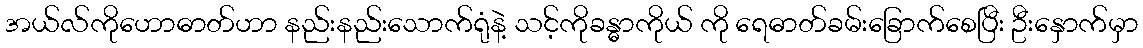
အယ်လ်ကိုဟောဓာတ်ဟာ နည်းနည်းသောက်ရုံနဲ့ သင့်ကိုခန္ဓာကိုယ် ကို ရေဓာတ်ခမ်းခြောက်စေပြီး ဦးနှောက်မှာ